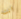
انت